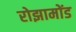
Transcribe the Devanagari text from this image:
रोझामोंड